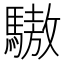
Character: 䮯